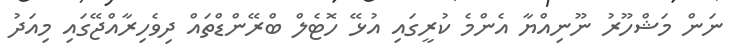
ނަން މަޝްހޫރު ނޫނިއްޔާ އެންމެ ކުރީގައި އުޅޭ ހޮޓެލް ބްރޭންޑްތައް ދިވެހިރާއްޖޭގައި މިއަދު